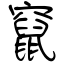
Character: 竄